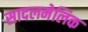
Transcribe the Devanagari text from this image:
सादलमेलिक